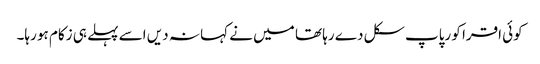
کوئی اقرا کو رپاپ سکل د ے رہا تھا میں نے کہا نہ دیں اسے پہلے ہی زکام ہو رہا۔